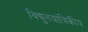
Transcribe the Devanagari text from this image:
विद्युतयांत्रिकीय